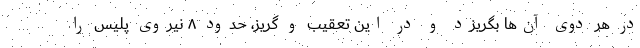
در هر دوی آن‌ها بگریزد و در این تعقیب و گریز، حدود ۸ نیروی پلیس را